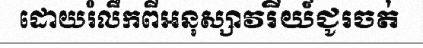
ដោយរំលឹកពីអនុស្សាវរីយ៍ជូរចត់